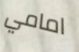
امامي